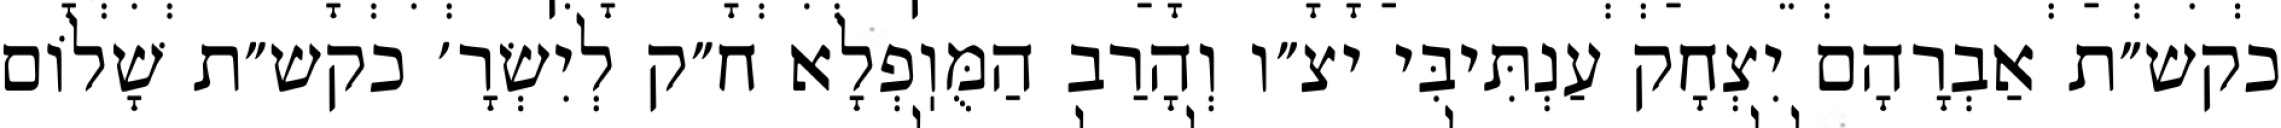
כקש״ת אַבְרָהָם יִצְחָק עַנְתִּיבִּי יצ״ו וְהָרַב הַמֻּוֽפְלָא ח״ק לְיִשְׂרָ׳ כקש״ת שָׁלוֹם